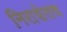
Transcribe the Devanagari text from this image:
निराशेतच